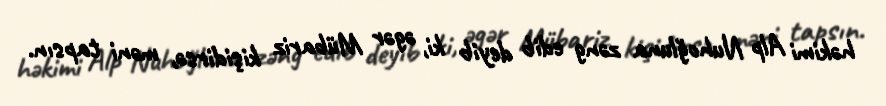
həkimi Alp Nuhoğluna zəng edib deyib ki, əgər Mübariz kişidirsə, məni tapsın.